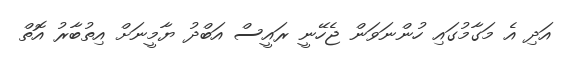
އަދި އެ މަގާމުގައި ހުންނަވަން ޖެހޭނީ ރައީސް އަބްދު ޔާމީނަށް އިތުބާރު އޮތް